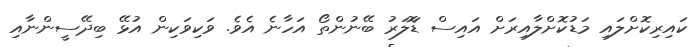
ކައިރިކޮށްލައި މަޑުކޮށްލާއިރަށް އައިސް ޑޮަލަރު ބޭނުންތޯ އަހާނެ އެވެ. ވަކިވަކިން އުޅޭ ބިދޭސީންނާއި